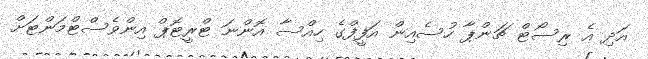
އަދި އެ ރިސޯޓް ޗަންޕާ ހުސެއިން އަފީފްގެ ހިއްސާ އޮންނަ ޓްރީޓޮޕް އިންވެސްޓްމަންޓަށް